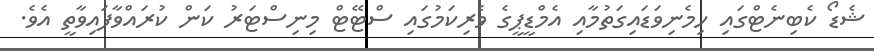
ޝެޑޯ ކެބިނެޓްގައި ހިމެނިވަޑައިގަތުމާއި އެމްޑީޕީގެ ވެރިކަމުގައި ސްޓޭޓް މިނިސްޓަރު ކަން ކުރައްވާފައިވާތީ އެވެ.